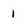
Character: 1